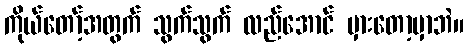
ကိုယ်တော့်အတွက် သွက်သွက် လည်အောင် မှားတော့မှာဘဲ။